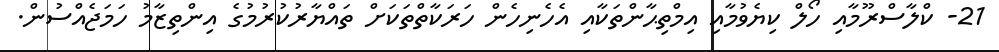
21- ކްލާސްރޫމާއި ހޯލް ކިޔެވުމާއި އިމްތިޙާންތަކާއި އެހެނިހެން ހަރަކާތްތަކަށް ތައްޔާރުކުރުމުގެ އިންތިޒާމު ހަމަޖެއްސުން.